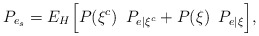
\begin{align*}P_{e_{s}} & =E_{H}\Big [P(\xi^{c})\,\,\, P_{e\vert\xi^{c}}+P(\xi)\,\,\, P_{e\vert\xi}\Big ],\end{align*}